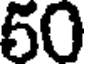
50